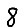
Digit: 8